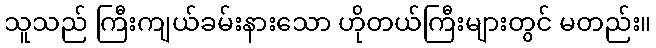
သူသည် ကြီးကျယ်ခမ်းနားသော ဟိုတယ်ကြီးများတွင် မတည်း။